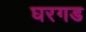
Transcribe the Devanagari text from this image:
घरगड